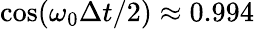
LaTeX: \cos(\omega_{0}\Delta t/2)\approx 0.994